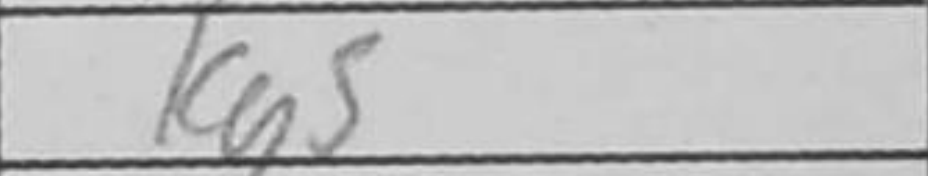
Transcription: Kg5